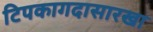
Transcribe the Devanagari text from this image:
टिपकागदासारखा